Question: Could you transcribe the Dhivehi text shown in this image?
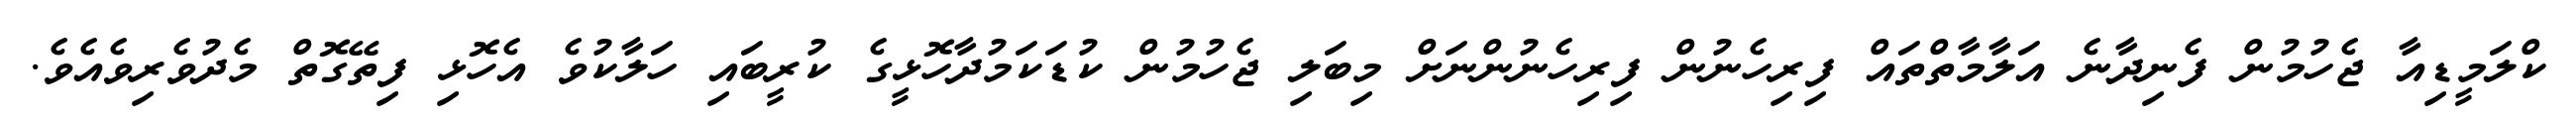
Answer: ކްލަމީޑިއާ ޖެހުމުން ފެނިދާނެ އަލާމާތްތައް ފިރިހެނުން ފިރިހެނުންނަށް މިބަލި ޖެހުމުން ކުޑަކަމުދާހޮޅީގެ ކުރީބައި ހަލާކުވެ އެހޮޅި ފިތޭގޮތް މެދުވެރިވެއެވެ.